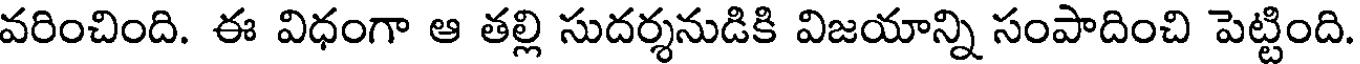
వరించింది. ఈ విధంగా ఆ తల్లి సుదర్శనుడికి విజయాన్ని సంపాదించి పెట్టింది.